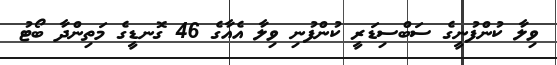
ވިލާ ކުންފުނީގެ ސަބްސިޑަރީ ކުންފުނި ވިލާ އެއާގެ 46 ގޮނޑީގެ މަތިންދާ ބޯޓު